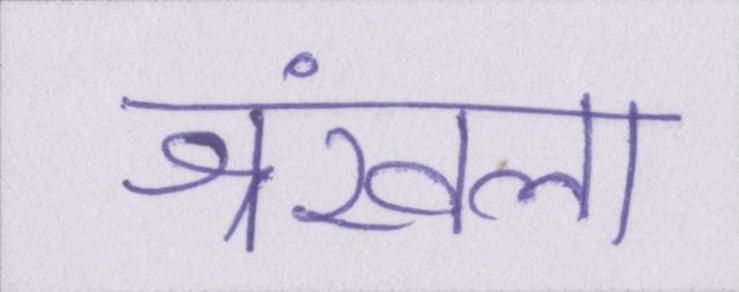
श्रंखला